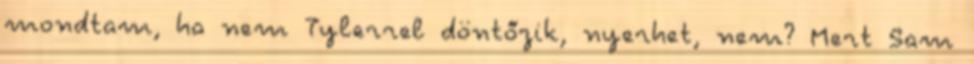
mondtam, ha nem Tylerrel döntőzik, nyerhet, nem? Mert Sam